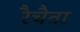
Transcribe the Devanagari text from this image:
रैचैता